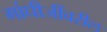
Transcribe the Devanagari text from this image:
गांधीजींवरील